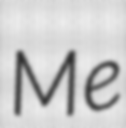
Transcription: Me